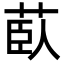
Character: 𦱽